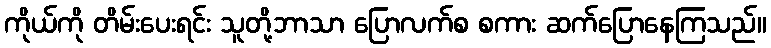
ကိုယ်ကို တိမ်းပေးရင်း သူတို့ဘာသာ ပြောလက်စ စကား ဆက်ပြောနေကြသည်။